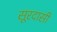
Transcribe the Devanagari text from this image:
सूरदासी